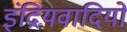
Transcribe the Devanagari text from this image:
इंद्रियवादियों